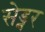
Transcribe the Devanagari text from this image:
सेड्नर